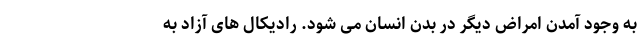
به وجود آمدن امراض دیگر در بدن انسان می شود. رادیکال های آزاد به